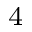
^ 4